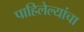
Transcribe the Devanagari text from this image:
पाहिलेल्यांचा